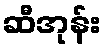
ဆီအုန်း